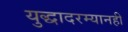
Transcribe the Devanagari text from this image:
युद्धादरम्यानही